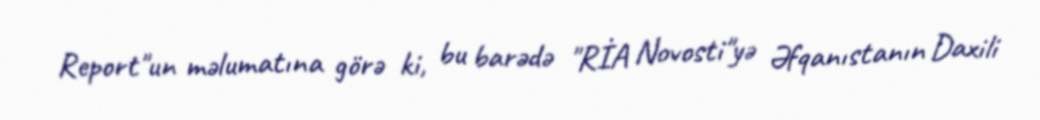
Report"un məlumatına görə ki, bu barədə "RİA Novosti"yə Əfqanıstanın Daxili